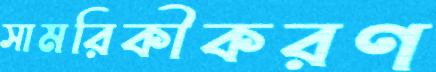
সামরিকীকরণ